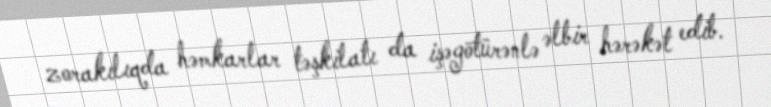
zorakılıqda həmkarlar təşkilatı da işəgötürənlə əlbir hərəkət edib.